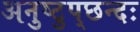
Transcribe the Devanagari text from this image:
अनुष्टुप्‌छन्दः